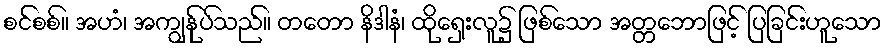
စင်စစ်။ အဟံ၊ အကျွန်ုပ်သည်။ တတော နိဒါနံ၊ ထိုရှေးလူ၌ ဖြစ်သော အတ္တဘောဖြင့် ပြခြင်းဟူသော